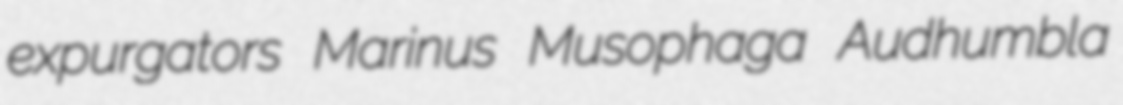
expurgators Marinus Musophaga Audhumbla